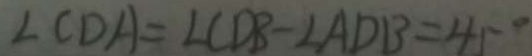
\angle C D A = \angle C D B - \angle A D B = 4 5 ^ { \circ }